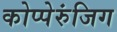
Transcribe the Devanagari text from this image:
कोप्पेरुंजिग